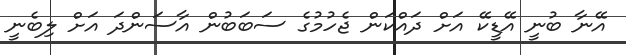
އޭނާ ބުނީ އޭޑީކޭ އަށް ދައްކަން ޖެހުމުގެ ސަބަބުން އާސަންދަ އަށް ލިބެނީ